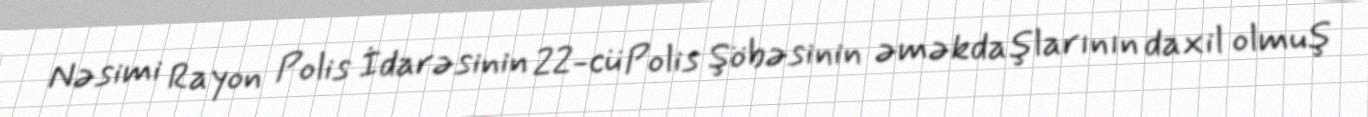
Nəsimi Rayon Polis İdarəsinin 22-cü Polis Şöbəsinin əməkdaşlarının daxil olmuş